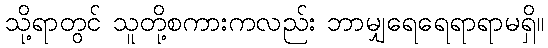
သို့ရာတွင် သူတို့စကားကလည်း ဘာမျှရေရေရာရာမရှိ။